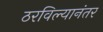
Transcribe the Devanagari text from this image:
ठरविल्यानंतर